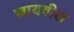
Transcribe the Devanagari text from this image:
स्नायवील